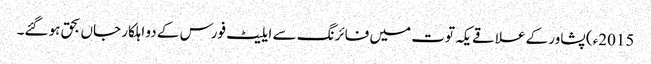
2015ء) پشاور کے علاقے یکہ توت میں فائرنگ سے ایلیٹ فورس کے دو اہلکار جاں بحق ہو گئے۔